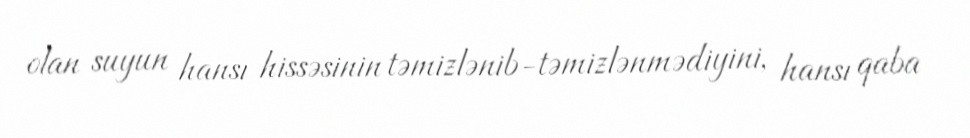
olan suyun hansı hissəsinin təmizlənib-təmizlənmədiyini, hansı qaba